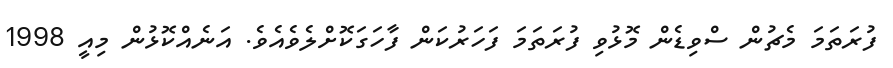
ފުރަތަމަ މެޗުން ސްވިޑެން މޮޅުވި ފުރަތަމަ ފަހަރުކަން ފާހަގަކޮށްލެވެއެވެ. އަނެއްކޮޅުން މިއީ 1998